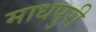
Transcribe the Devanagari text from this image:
माधपुरी